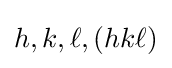
h,k,\ell ,(hk\ell )